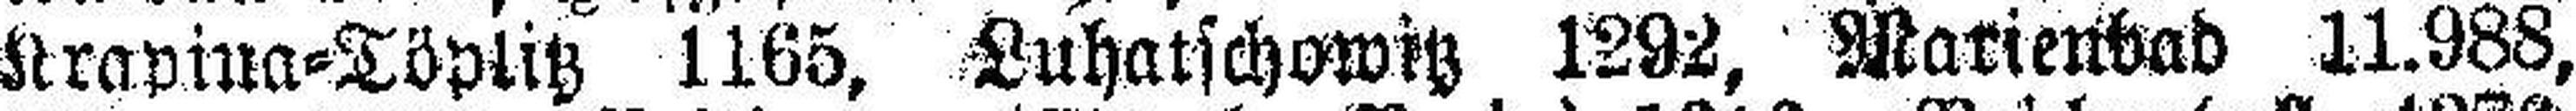
Krapina=Töplitz 1165, Luhatschowitz 1292, Marienbad 11.988,